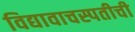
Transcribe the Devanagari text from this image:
विद्यावाचस्पतीची